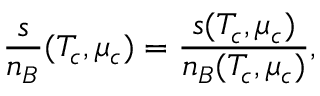
{ \frac { s } { n _ { B } } } ( T _ { c } , \mu _ { c } ) = { \frac { s ( T _ { c } , \mu _ { c } ) } { n _ { B } ( T _ { c } , \mu _ { c } ) } } ,